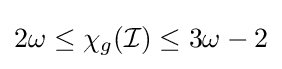
2\omega \leq \chi _{g}({\mathcal {I}})\leq 3\omega -2